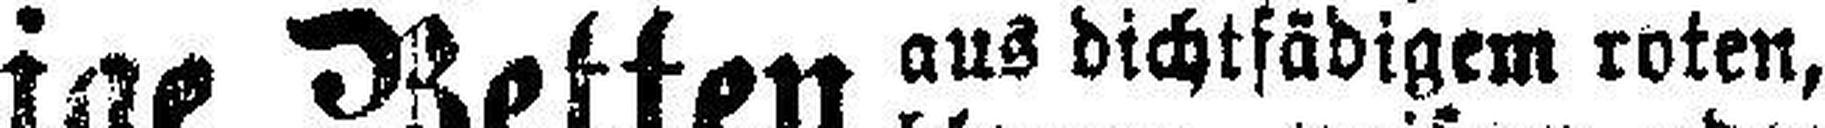
aus dichtfädigem roten,